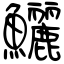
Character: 鱺